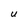
Character: U